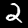
Digit: 2